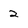
Character: 2